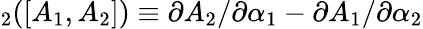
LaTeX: _2([A_{1},A_{2}])\equiv{\partial A_{2}}/{\partial\alpha_{1}}-{\partial A_{1}}/{\partial\alpha_{2}}